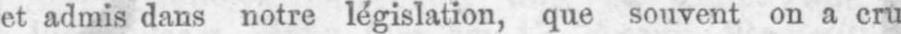
et admis dans notre législation, que souvent on a cru